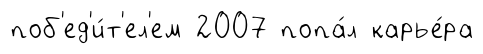
поб'ед'и́т'ел'ем 2007 попа́л карье́ра